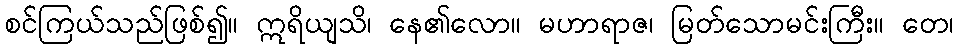
စင်ကြယ်သည်ဖြစ်၍။ ဣရိယျသိ၊ နေ၏လော။ မဟာရာဇ၊ မြတ်သောမင်းကြီး။ တေ၊